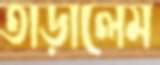
তাড়ালেম